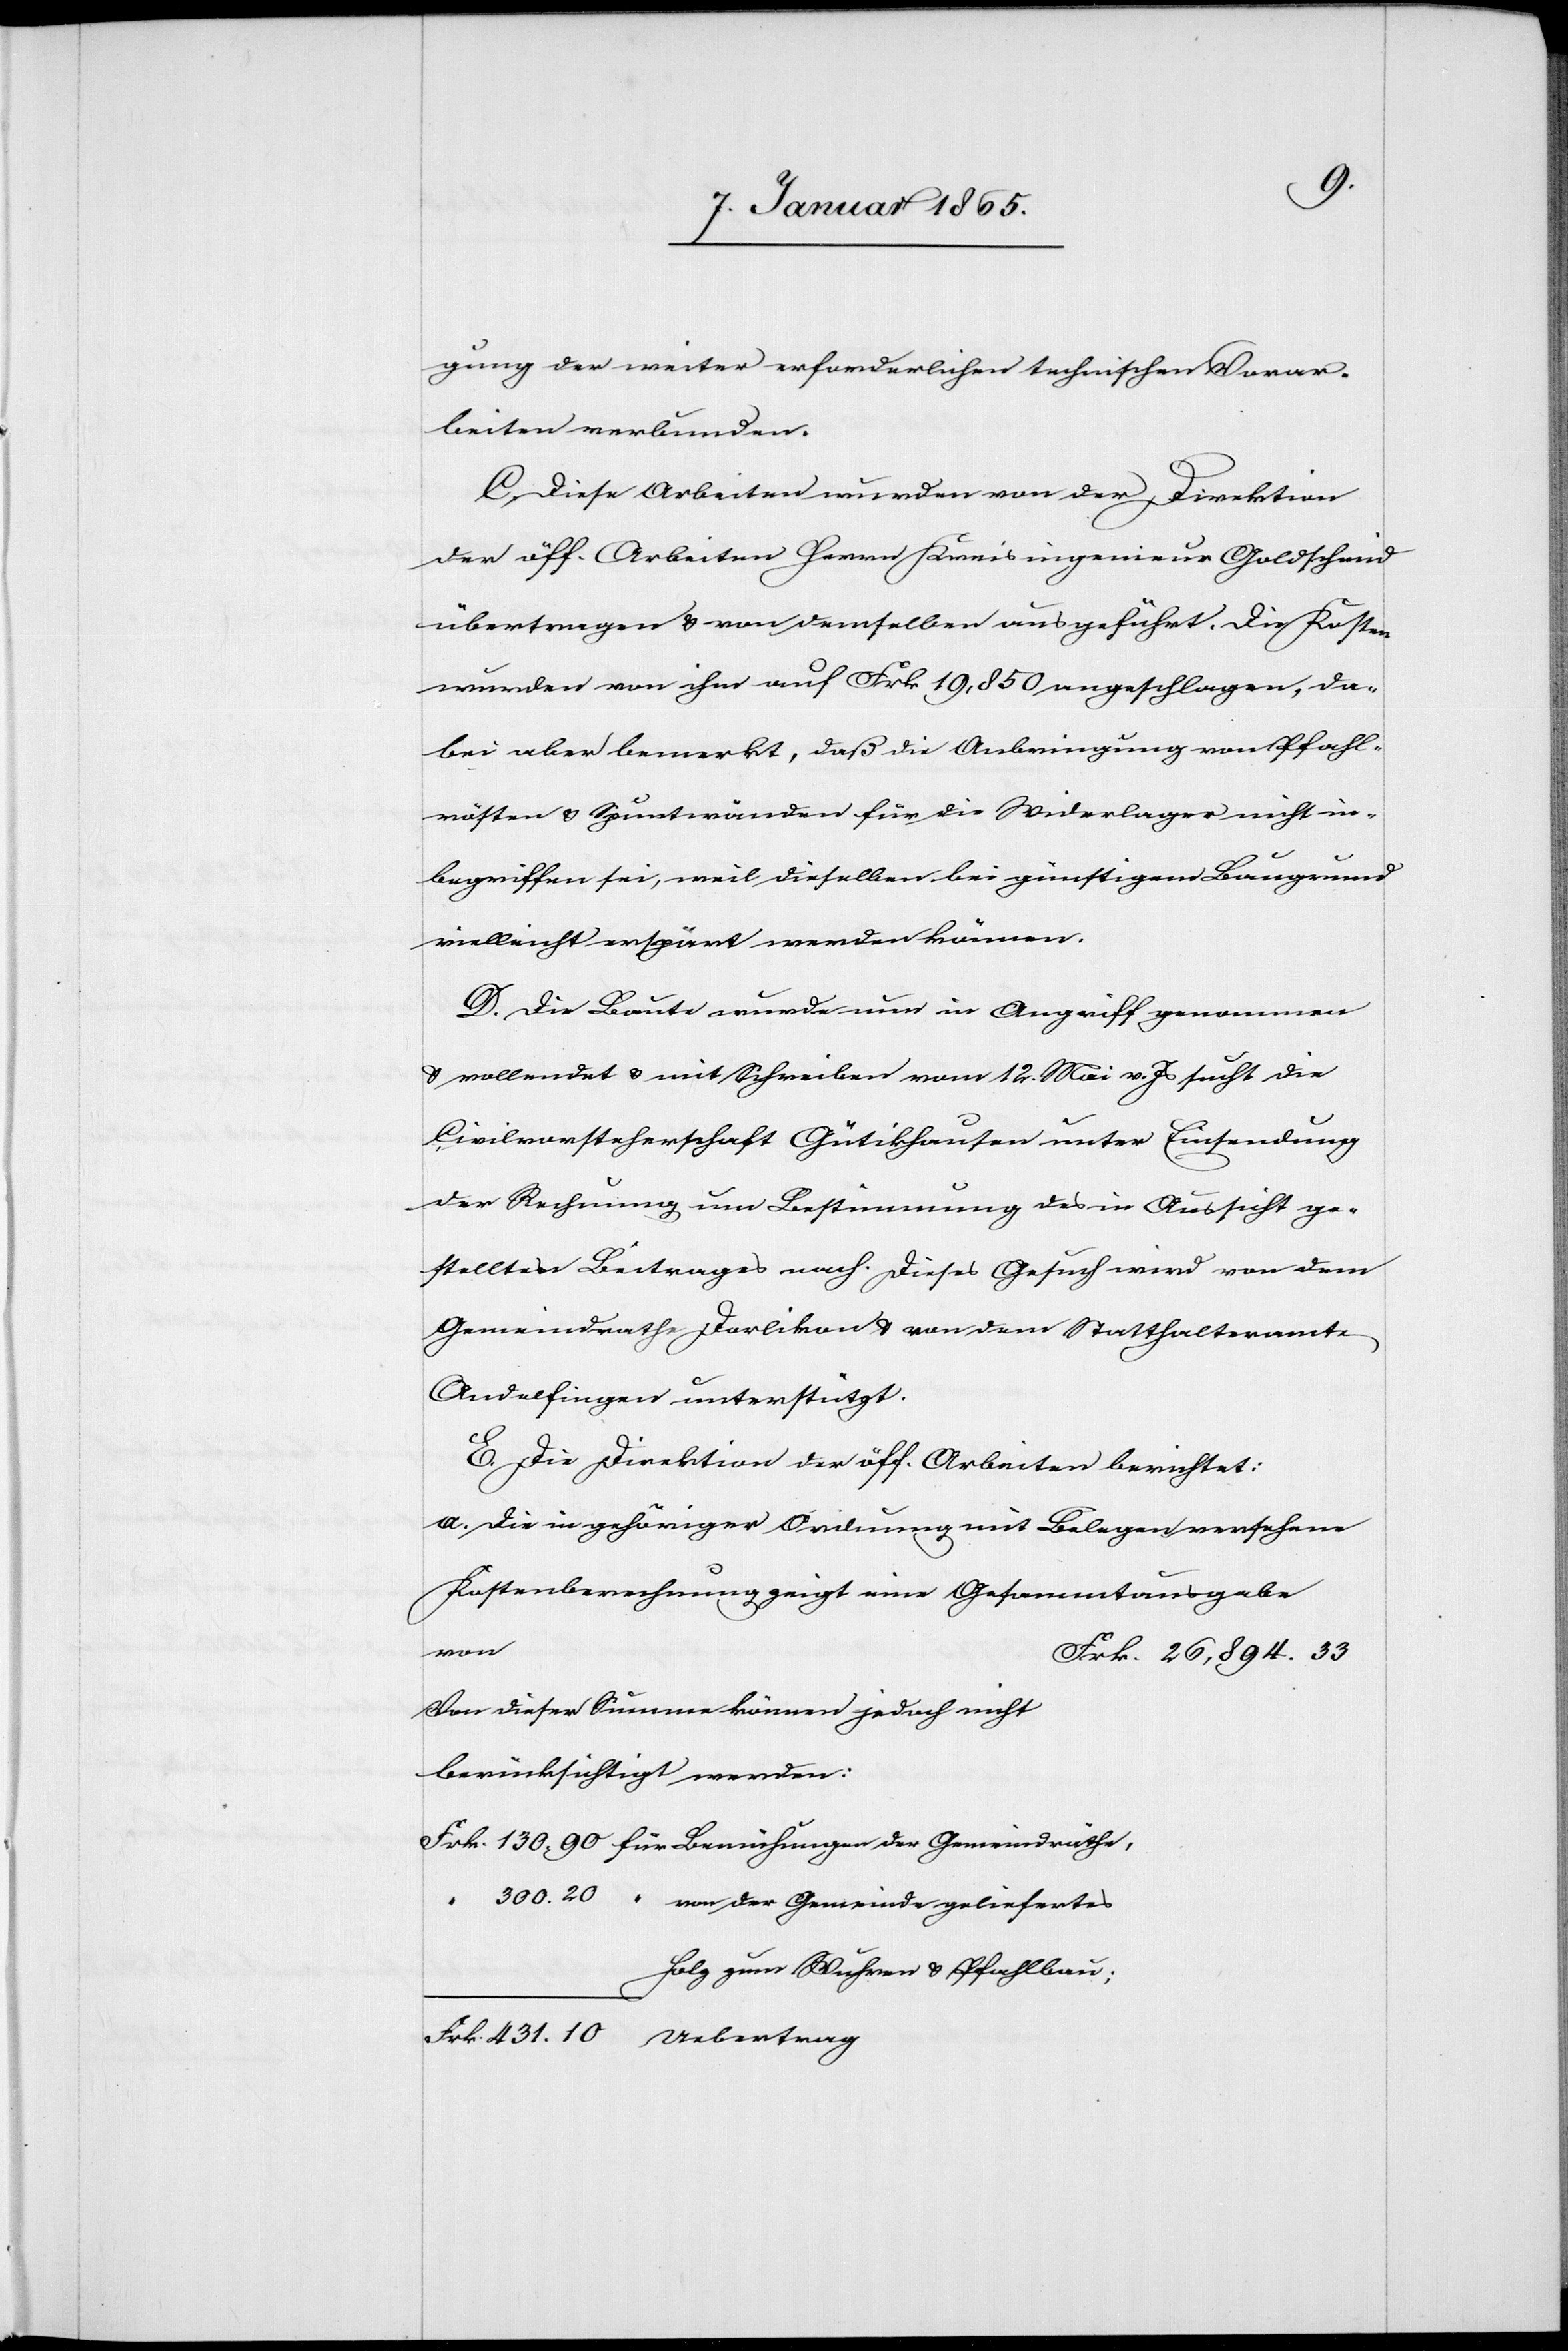
gung der weiter erforderlichen technischen Vorar¬
beiten verbunden.
C. Diese Arbeiten wurden von der Direktion
der öff. Arbeiten Herrn Kreisingenieur Goldschmid
übertragen u. von demselben ausgeführt. Die Kosten
wurden von ihm auf Frk 19,850 angeschlagen, da¬
bei aber bemerkt, daß die Anbringung von Pfahl¬
rösten u. Spuntwänden für die Widerlager nicht in¬
begriffen sei, weil dieselben bei günstigem Baugrund
vielleicht erspart werden können.
D. Die Baute wurde nun in Angriff genommen
u. vollendet u. mit Schreiben vom 12. Mai v. Js sucht die
Civilvorsteherschaft Gütikhausen unter Einsendung
der Rechnung um Bestimmung des in Aussicht ge¬
stellten Beitrages nach. Dieses Gesuch wird von dem
Gemeindrathe Dorlikon u. von dem Statthalteramte
Andelfingen unterstützt.
E. Die Direktion der öff. Arbeiten berichtet:
a. Die in gehöriger Ordnung mit Belegen versehene
Kostenberechnung zeigt eine Gesammtausgabe
Von dieser Summe können jedoch nicht
berücksichtigt werden:
Frk. 130. 90 für Bemühungen der Gemeindräthe,
300. 20 “ von der Gemeinde geliefertes
Holz zum 			 Wuhren u. Pfahlbau;
Frk. 431. 10 Uebertrag